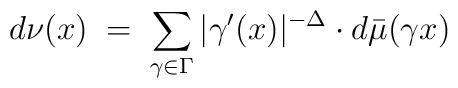
d\nu(x)\;=\;\sum_{\gamma\in\Gamma}|\gamma'(x)|^{-\Delta}\cdot d\bar{\mu}(\gamma x)